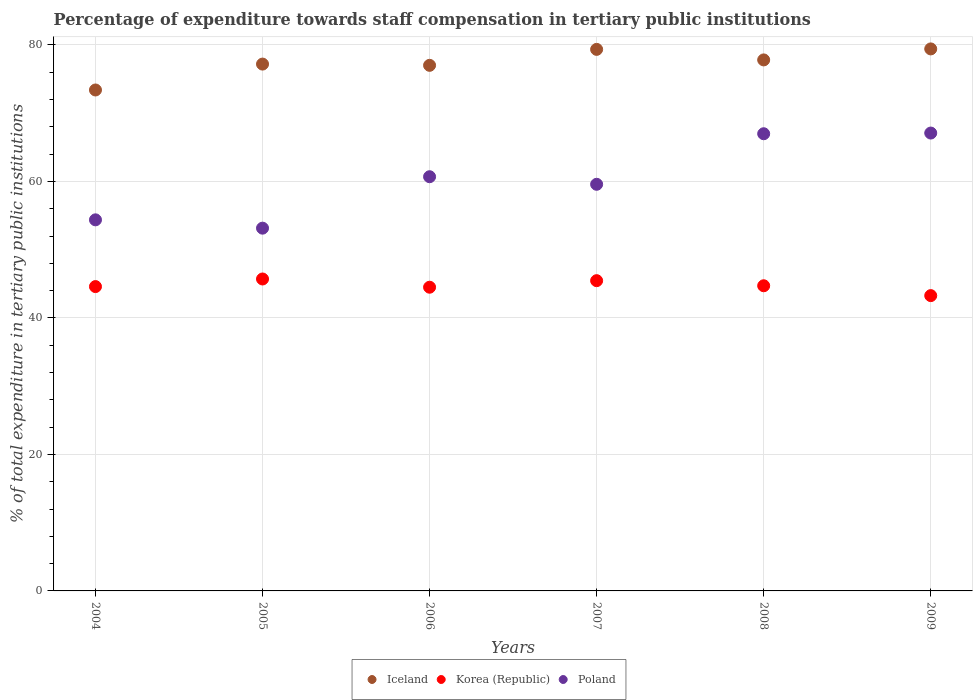
| Years | Iceland | Korea (Republic) | Poland |
 | --- | --- | --- | --- |
 | 2004 | 73.4 | 44.6 | 54.4 |
 | 2005 | 77.2 | 45.7 | 53.2 |
 | 2006 | 77 | 44.5 | 60.7 |
 | 2007 | 79.3 | 45.5 | 59.6 |
 | 2008 | 77.8 | 44.7 | 67 |
 | 2009 | 79.4 | 43.3 | 67.1 |